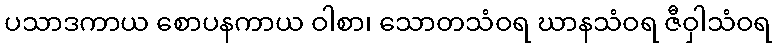
ပသာဒကာယ စောပနကာယ ဝါစာ၊ သောတသံဝရ ဃာနသံဝရ ဇီဝှါသံဝရ